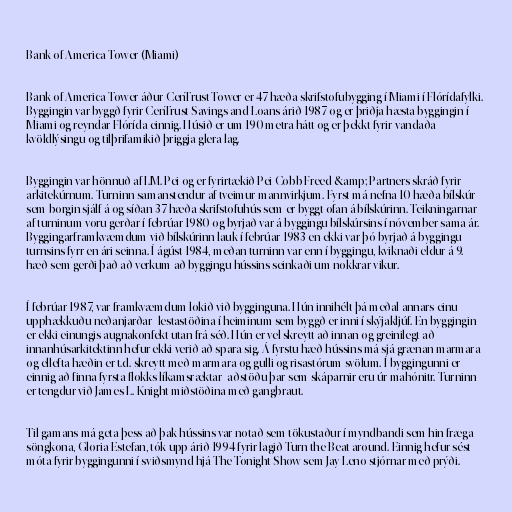
Bank of America Tower (Miami)

Bank of America Tower áður CenTrust Tower er 47 hæða skrifstofubygging í Miami í Flórídafylki.
Byggingin var byggð fyrir CenTrust Savings and Loans árið 1987 og er þriðja hæsta byggingin í
Miami og reyndar Flórída einnig. Húsið er um 190 metra hátt og er þekkt fyrir vandaða
kvöldlýsingu og tilþrifamikið þriggja glera lag.

Byggingin var hönnuð af I.M. Pei og er fyrirtækið Pei Cobb Freed &amp; Partners skráð fyrir
arkitekúrnum. Turninn samanstendur af tveimur mannvirkjum. Fyrst má nefna 10 hæða bílskúr
sem borgin sjálf á og síðan 37 hæða skrifstofuhús sem er byggt ofan á bílskúrinn. Teikningarnar
af turninum voru gerðar í febrúar 1980 og byrjað var á byggingu bílskúrsins í nóvember sama ár.
Byggingarframkvæmdum við bílskúrinn lauk í febrúar 1983 en ekki var þó byrjað á byggingu
turnsins fyrr en ári seinna. Í ágúst 1984, meðan turninn var enn í byggingu, kviknaði eldur á 9.
hæð sem gerði það að verkum að byggingu hússins seinkaði um nokkrar vikur.

Í febrúar 1987, var framkvæmdum lokið við bygginguna. Hún innihélt þá meðal annars einu
upphækkuðu neðanjarðar–lestastöðina í heiminum sem byggð er inni í skýjakljúf. En byggingin
er ekki einungis augnakonfekt utan frá séð. Hún er vel skreytt að innan og greinilegt að
innanhúsarkitektinn hefur ekki verið að spara sig. Á fyrstu hæð hússins má sjá grænan marmara
og ellefta hæðin er t.d. skreytt með marmara og gulli og risastórum svölum. Í byggingunni er
einnig að finna fyrsta flokks líkamsræktar–aðstöðu þar sem skáparnir eru úr mahónitr. Turninn
er tengdur við James L. Knight miðstöðina með gangbraut.

Til gamans má geta þess að þak hússins var notað sem tökustaður í myndbandi sem hin fræga
söngkona, Gloria Estefan, tók upp árið 1994 fyrir lagið Turn the Beat around. Einnig hefur sést
móta fyrir byggingunni í sviðsmynd hjá The Tonight Show sem Jay Leno stjórnar með prýði.